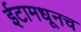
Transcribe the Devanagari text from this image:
ईटामधूनच